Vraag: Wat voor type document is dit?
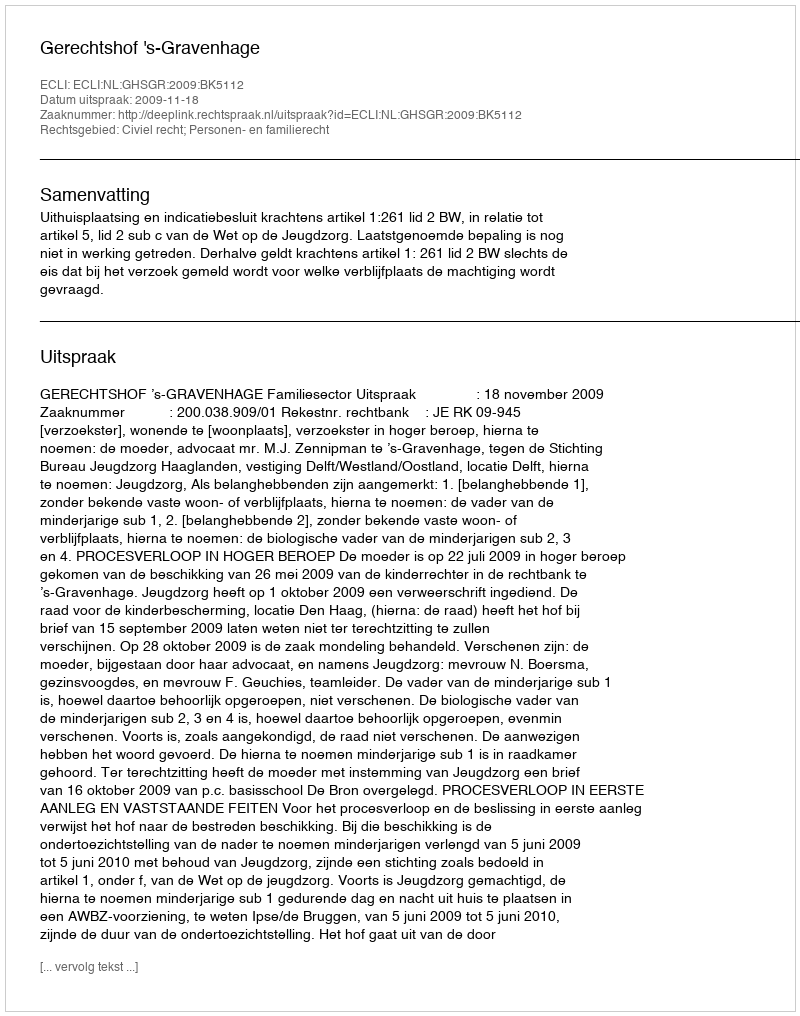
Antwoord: Uitspraak